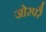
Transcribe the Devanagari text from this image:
जोरपरै